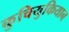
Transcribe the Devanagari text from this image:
कुचियुकियान